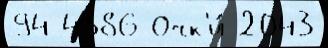
94 4386 Очк'и́ 2043